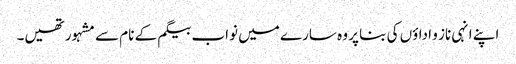
اپنے انہی ناز و اداؤں کی بنا پر وہ سارے میں نواب بیگم کے نام سے مشہور تھیں۔